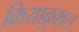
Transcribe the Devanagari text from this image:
क्रियाकुशल